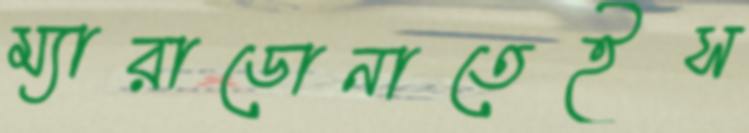
ম্যারাডোনাতেইস